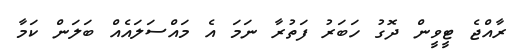
ރާއްޖެ ޓީވީން ދޮގު ހަބަރު ފަތުރާ ނަމަ އެ މައްސަލައެއް ބަލަން ކަމާ